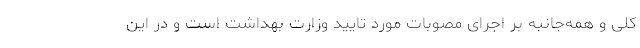
کلی و همه‌جانبه بر اجرای مصوبات مورد تایید وزارت بهداشت است و در این